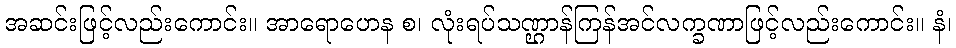
အဆင်းဖြင့်လည်းကောင်း။ အာရောဟေန စ၊ လုံးရပ်သဏ္ဌာန်ကြန်အင်လက္ခဏာဖြင့်လည်းကောင်း။ နံ၊